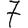
Digit: 7